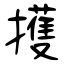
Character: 擭